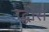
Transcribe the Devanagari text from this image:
उद्घोस